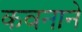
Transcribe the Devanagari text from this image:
कवनाने